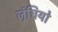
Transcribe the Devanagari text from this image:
जूंचियो